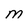
Character: M